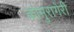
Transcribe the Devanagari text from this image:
कोमुरागेरी